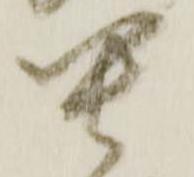
貴